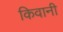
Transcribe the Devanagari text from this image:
किवानी